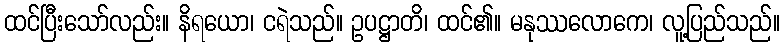
ထင်ပြီးသော်လည်း။ နိရယော၊ ငရဲသည်။ ဥပဋ္ဌာတိ၊ ထင်၏။ မနုဿလောကေ၊ လူ့ပြည်သည်။